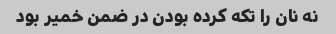
نه نان را تکه کرده بودن در ضمن خمیر بود